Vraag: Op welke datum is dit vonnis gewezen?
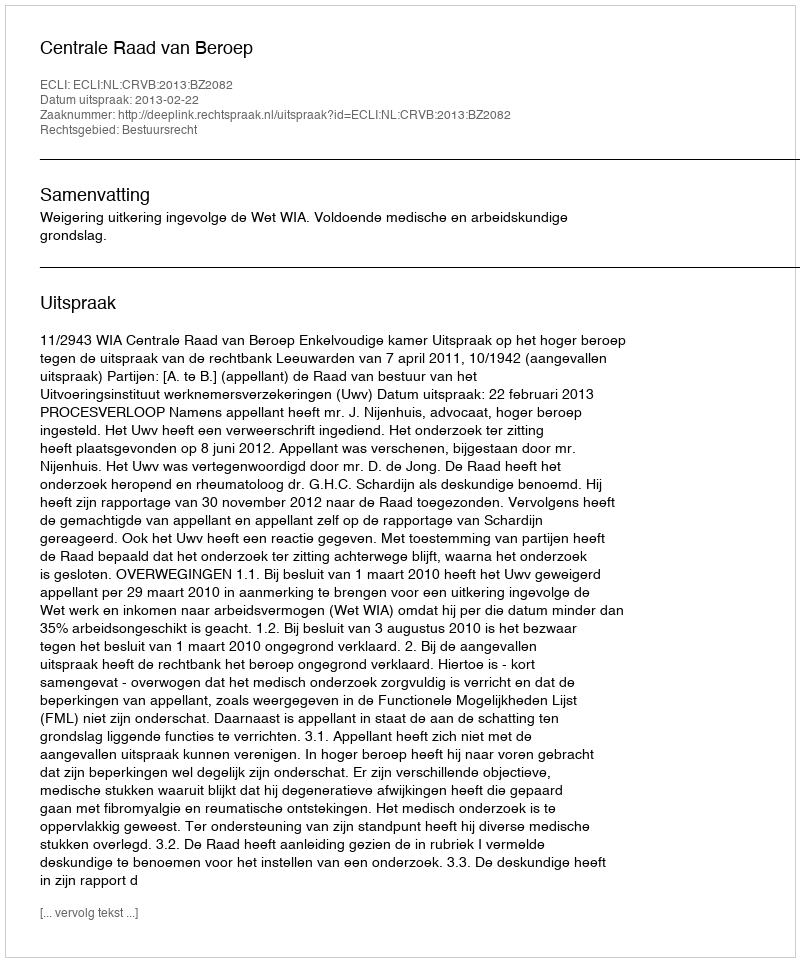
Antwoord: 2013-02-22